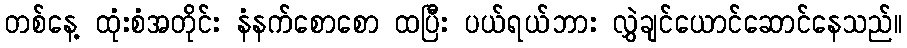
တစ်နေ့ ထုံးစံအတိုင်း နံနက်စောစော ထပြီး ပယ်ရယ်ဘား လွှဲချင်ယောင်ဆောင်နေသည်။